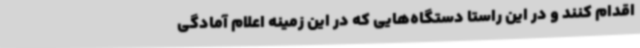
اقدام کنند و در این راستا دستگاه‌هایی که در این زمینه اعلام آمادگی